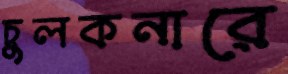
চুলকনারে